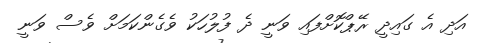
އަދި އެ ގައިދީ ރޭޕްކޮށްފައި ވަނީ ދެ ފުލުހަކު ވެގެންކަމަށް ވެސް ވަނީ